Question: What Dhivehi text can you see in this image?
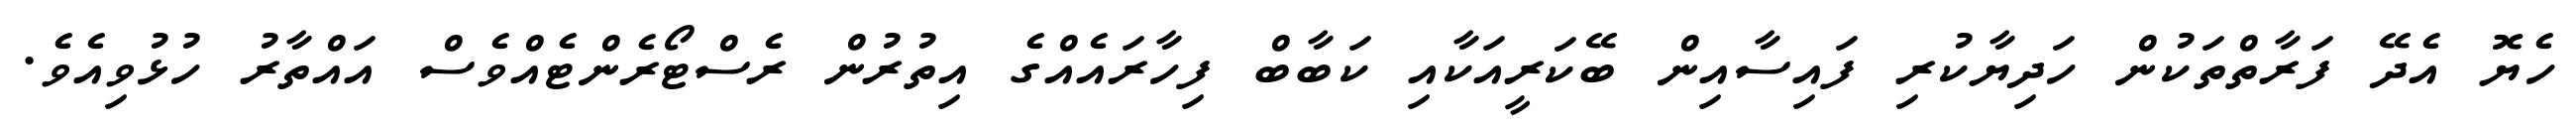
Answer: ހެޔޮ އެދޭ ފަރާތްތަކުން ހަދިޔާކުރި ފައިސާއިން ބޭކަރީއަކާއި ކަބާބް ފިހާރައެއްގެ އިތުރުން ރެސްޓޯރެންޓެއްވެސް އައްތާރު ހުޅުވިއެވެ.